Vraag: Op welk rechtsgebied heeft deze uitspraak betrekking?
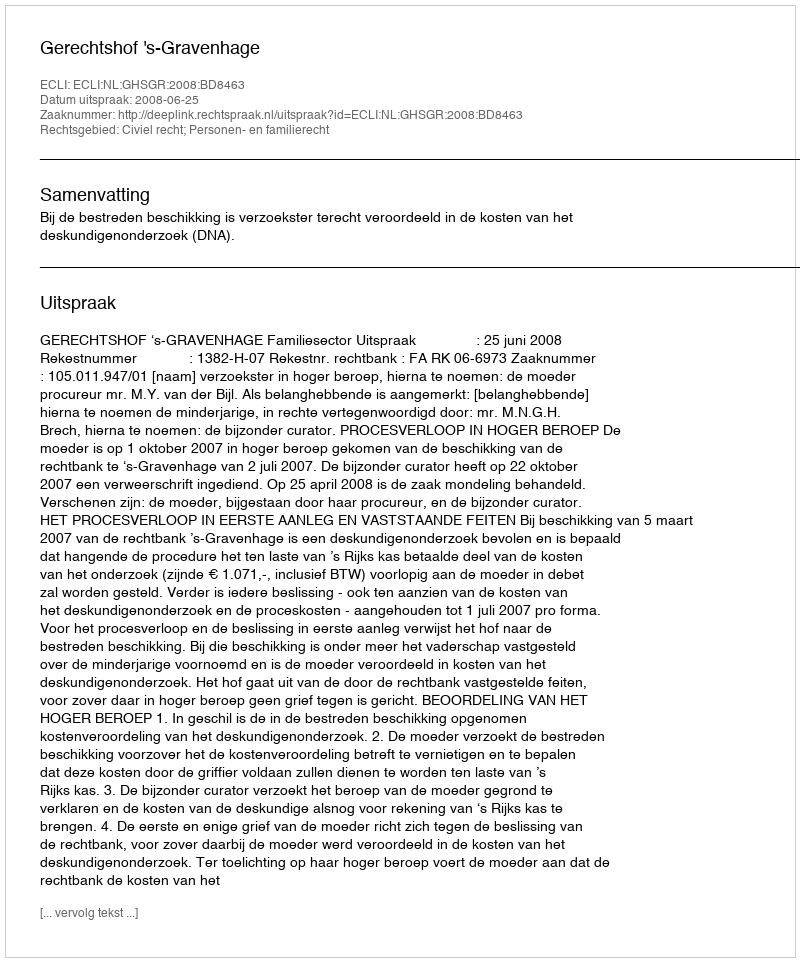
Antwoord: Civiel recht; Personen- en familierecht